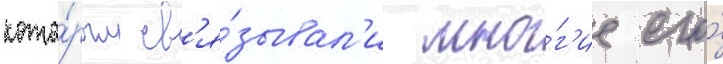
кото́рым св'я́зывал'и мно́г'ие его́